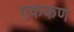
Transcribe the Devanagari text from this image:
एककण